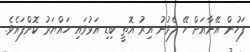
ފަހުން އޭނާއަށް ހޭ ލެވުނު އިރު އޮތީ ބިޑި އަޅުވައި ހައްޔަރު ކޮށްފައެވެ.